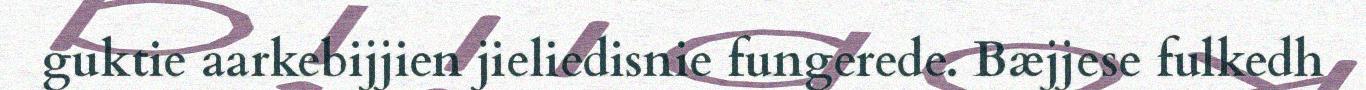
guktie aarkebijjien jieliedisnie fungerede. Bæjjese fulkedh